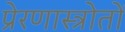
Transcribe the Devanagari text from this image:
प्रेरणास्त्रोतों